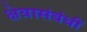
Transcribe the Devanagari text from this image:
क्षेत्रासंबंधीं